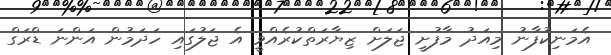
އެމަނިކުފާނު މިއަދު މާފުށީ ޖަލަށް ޒިޔާރަތްކުރެއްވީ އެ ޖަލުގައި ހަދަމުން އަންނަ ޑްރަގް